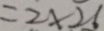
= 2 \times 2 6